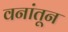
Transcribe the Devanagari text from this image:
वनांतून